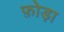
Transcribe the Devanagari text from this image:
फ़ोड़ा